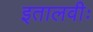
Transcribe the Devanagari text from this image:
इतालवीः